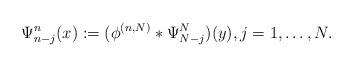
LaTeX: \begin{align*}\Psi_{n-j}^{n}(x) := (\phi^{(n,N)} * \Psi_{N-j}^{N})(y), j=1,\dotsc,N.\end{align*}